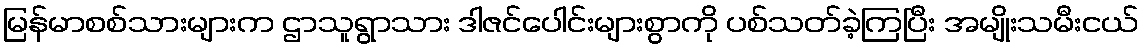
မြန်မာစစ်သားများက ဌာသူရွာသား ဒါဇင်ပေါင်းများစွာကို ပစ်သတ်ခဲ့ကြပြီး အမျိုးသမီးငယ်